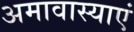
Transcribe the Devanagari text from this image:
अमावास्याएं